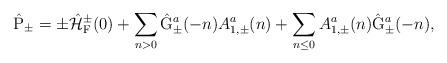
LaTeX: \begin{align*}\hat{\rm P}_{\pm} = \pm \hat{\cal H}_{\rm F}^{\pm}(0) +\sum_{n>0} \hat{\rm G}_{\pm}^a(-n) {A}_{1,\pm}^a(n) +\sum_{n \leq 0} {A}_{1,\pm}^a(n) \hat{\rm G}_{\pm}^a(-n),\end{align*}